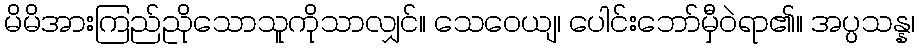
မိမိအားကြည်ညိုသောသူကိုသာလျှင်။ သေဝေယျ၊ ပေါင်းဘော်မှီဝဲရာ၏။ အပ္ပသန္န၊